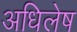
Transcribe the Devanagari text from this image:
अधिलेष